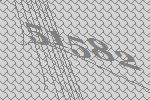
51582